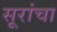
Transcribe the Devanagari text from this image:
सूरांचा